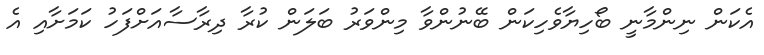
އެކަން ނިންމާނީ ބޯހިޔާވެހިކަން ބޭނުންވާ މިންވަރު ބަލަން ކުރާ ދިރާސާއަށްފަހު ކަމަށާއި އެ